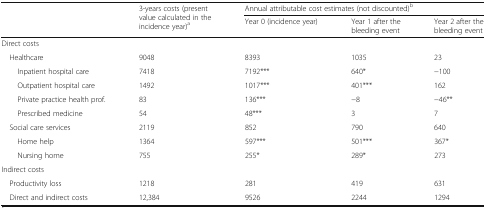
<table><thead><tr><td rowspan="2"></td><td rowspan="2"><b>3-years costs (present value calculated in the incidence year)<sup>a</sup></b></td><td colspan="3"><b>Annual attributable cost estimates (not discounted)<sup>b</sup></b></td></tr><tr><td><b>Year 0 (incidence year)</b></td><td><b>Year 1 after the bleeding event</b></td><td><b>Year 2 after the bleeding event</b></td></tr></thead><tbody><tr><td colspan="5">Direct costs</td></tr><tr><td> Healthcare</td><td>9048</td><td>8393</td><td>1035</td><td>23</td></tr><tr><td>Inpatient hospital care</td><td>7418</td><td>7192***</td><td>640*</td><td>−100</td></tr><tr><td>Outpatient hospital care</td><td>1492</td><td>1017***</td><td>401***</td><td>162</td></tr><tr><td>Private practice health prof.</td><td>83</td><td>136***</td><td>−8</td><td>−46**</td></tr><tr><td>Prescribed medicine</td><td>54</td><td>48***</td><td>3</td><td>7</td></tr><tr><td> Social care services</td><td>2119</td><td>852</td><td>790</td><td>640</td></tr><tr><td>Home help</td><td>1364</td><td>597***</td><td>501***</td><td>367*</td></tr><tr><td>Nursing home</td><td>755</td><td>255*</td><td>289*</td><td>273</td></tr><tr><td colspan="5">Indirect costs</td></tr><tr><td> Productivity loss</td><td>1218</td><td>281</td><td>419</td><td>631</td></tr><tr><td> Direct and indirect costs</td><td>12,384</td><td>9526</td><td>2244</td><td>1294</td></tr></tbody></table>